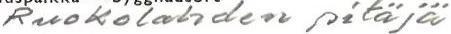
Ruokolahden pitäjä